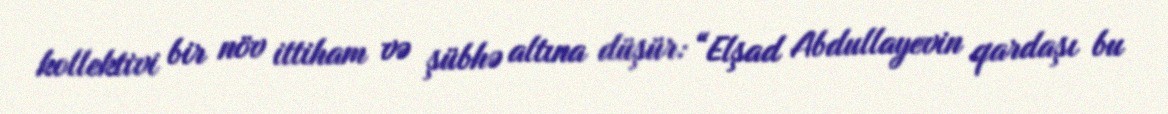
kollektivi bir növ ittiham və şübhə altına düşür: “Elşad Abdullayevin qardaşı bu